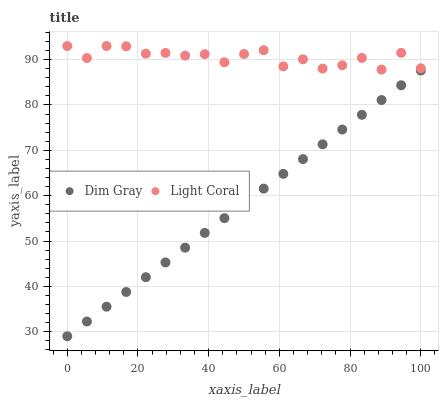
| xaxis_label | Dim Gray | Light Coral |
 | --- | --- | --- |
 | 0 | 29 | 93 |
 | 5.56 | 32.3 | 90.3 |
 | 11.1 | 35.5 | 93 |
 | 16.7 | 38.8 | 92.9 |
 | 22.2 | 42 | 91.3 |
 | 27.8 | 45.3 | 91.5 |
 | 33.3 | 48.5 | 90.9 |
 | 38.9 | 51.8 | 91.2 |
 | 44.4 | 55 | 89.4 |
 | 50 | 58.3 | 91.2 |
 | 55.6 | 61.6 | 92.1 |
 | 61.1 | 64.8 | 88.5 |
 | 66.7 | 68.1 | 90.1 |
 | 72.2 | 71.3 | 88 |
 | 77.8 | 74.6 | 88.8 |
 | 83.3 | 77.8 | 90.4 |
 | 88.9 | 81.1 | 87.8 |
 | 94.4 | 84.3 | 91.5 |
 | 100 | 87.6 | 88.1 |